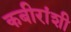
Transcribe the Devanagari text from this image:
कबीरांशी